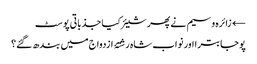
← زائرہ وسیم نے پھر شیئر کیا جذباتی پوسٹ
پوجا بترا اور نواب شاہ رشتۂ ازدواج میں بندھ گئے؟